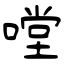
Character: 嘡